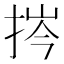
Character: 𢭞